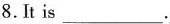
8.It is ___.